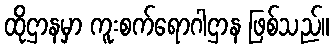
ထိုဌာနမှာ ကူးစက်ရောဂါဌာန ဖြစ်သည်။